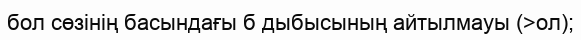
бол сөзінің басындағы б дыбысының айтылмауы (>ол);